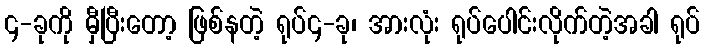
၄-ခုကို မှီပြီးတော့ ဖြစ်နတဲ့ ရုပ်၄-ခု၊ အားလုံး ရုပ်ပေါင်းလိုက်တဲ့အခါ ရုပ်